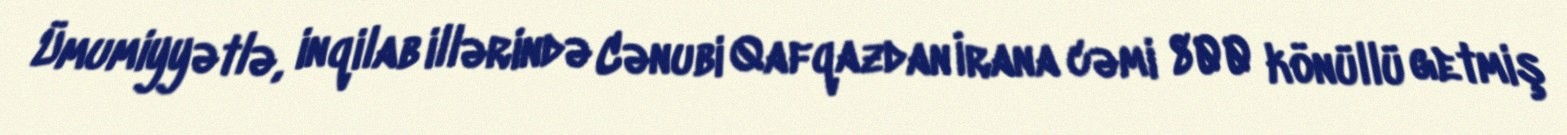
Ümumiyyətlə, inqilab illərində Cənubi Qafqazdan İrana cəmi 800 könüllü getmiş